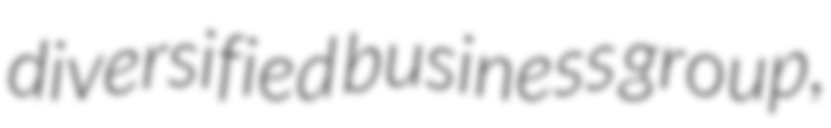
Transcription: diversified business group,